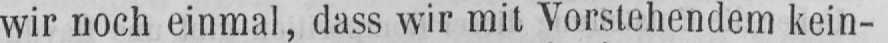
wir noch einmal, dass wir mit Vorstehendem kein-